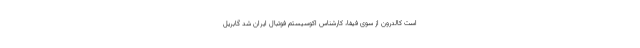
است کالدرون از سوی فیفا، کارشناس اکوسیستم فوتبال ایران شد گابریل